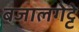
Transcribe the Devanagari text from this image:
बजालगेट्टे